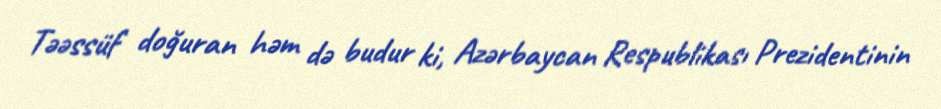
Təəssüf doğuran həm də budur ki, Azərbaycan Respublikası Prezidentinin